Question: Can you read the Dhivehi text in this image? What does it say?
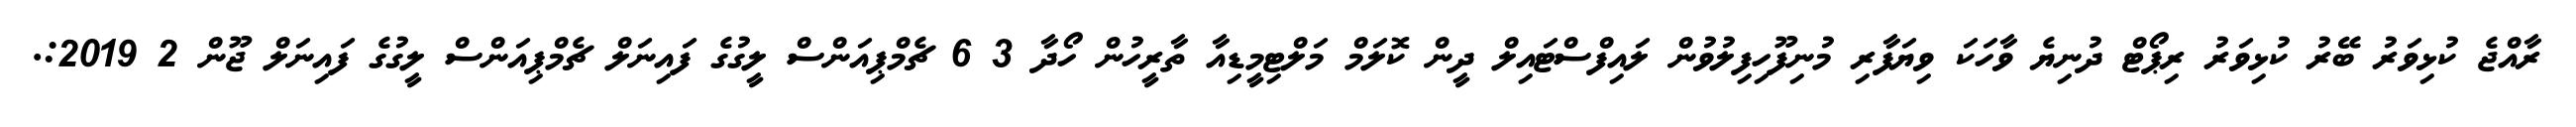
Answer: ރާއްޖެ ކުޅިވަރު ބޭރު ކުޅިވަރު ރިޕޯޓް ދުނިޔެ ވާހަކަ ވިޔަފާރި މުނިފޫހިފިލުވުން ލައިފްސްޓައިލް ދީން ކޮލަމް މަލްޓިމީޑިއާ ތާރީހުން ހޯދާ 3 6 ޗެމްޕިއަންސް ލީގުގެ ފައިނަލް ޗެމްޕިއަންސް ލީގުގެ ފައިނަލް ޖޫން 2 2019:.